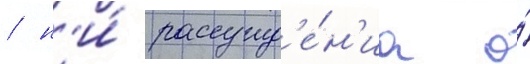
/ н'и́ рассужд'е́н'иа о́